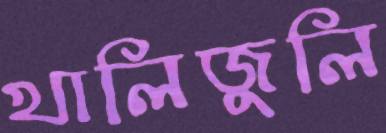
খালিজুলি